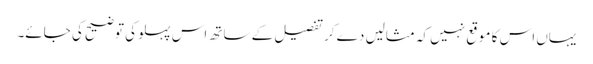
یہاں اس کا موقع نہیں کہ مثالیں دے کر تفصیل کے ساتھ اس پہلو کی توضیح کی جائے۔